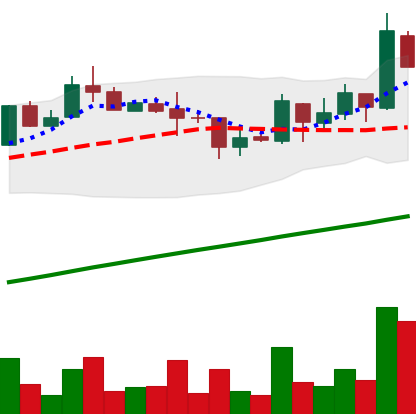
Ticker: LTC-USD
Chart end date: 2017-08-24
Forward return: 25.867%
Label: up_7plus